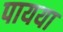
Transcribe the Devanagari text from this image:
पायया